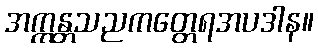
အက္ကန္တသညကတ္တေရအပဒါန။